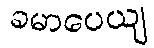
ခမာပေယျ